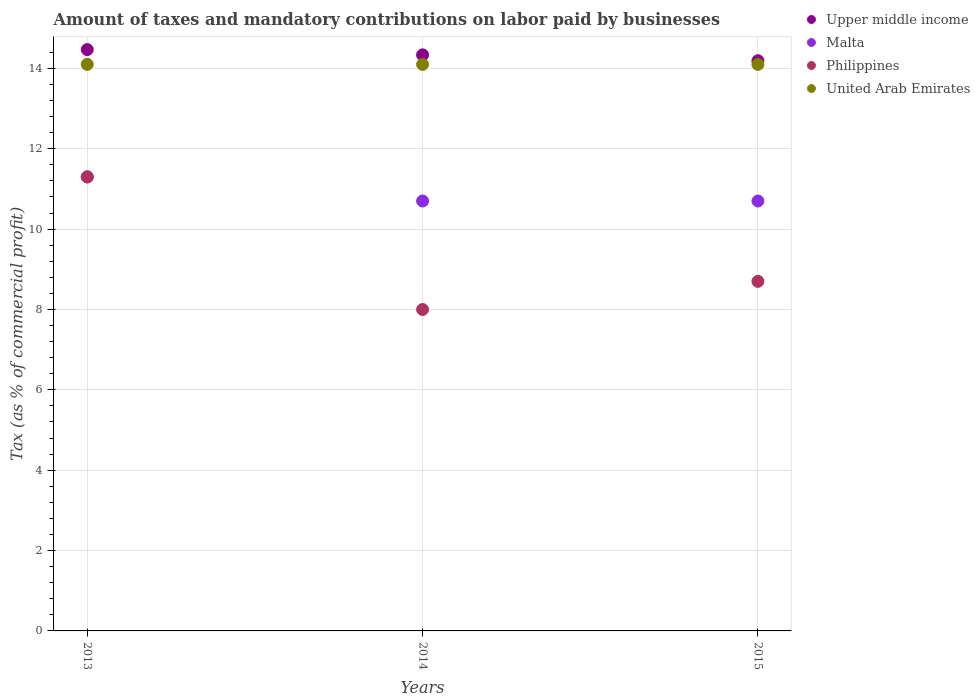
| Years | Upper middle income | Malta | Philippines | United Arab Emirates |
 | --- | --- | --- | --- | --- |
 | 2013 | 14.5 | 11.3 | 11.3 | 14.1 |
 | 2014 | 14.3 | 10.7 | 8 | 14.1 |
 | 2015 | 14.2 | 10.7 | 8.7 | 14.1 |